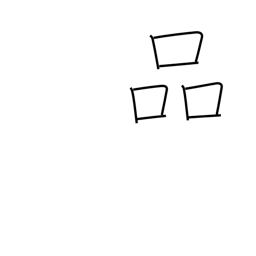
Meaning: refinement